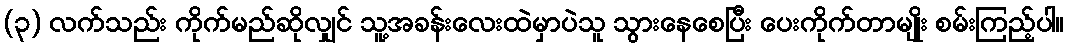
(၃) လက်သည်း ကိုက်မည်ဆိုလျှင် သူ့အခန်းလေးထဲမှာပဲသူ သွားနေစေပြီး ပေးကိုက်တာမျိုး စမ်းကြည့်ပါ။